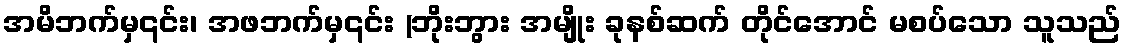
အမိဘက်မှ၎င်း၊ အဖဘက်မှ၎င်း (ဘိုးဘွား အမျိုး ခုနစ်ဆက် တိုင်အောင် မစပ်သော သူသည်